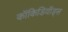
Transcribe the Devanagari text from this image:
कॉकिडियॉड्स